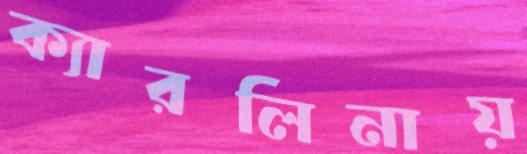
ক্যারলিনায়